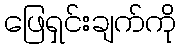
ဖြေရှင်းချက်ကို